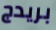
بريدج